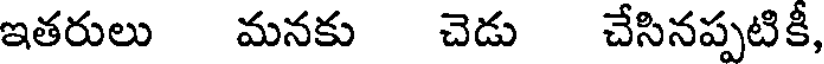
ఇతరులు మనకు చెడు చేసినప్పటికీ,